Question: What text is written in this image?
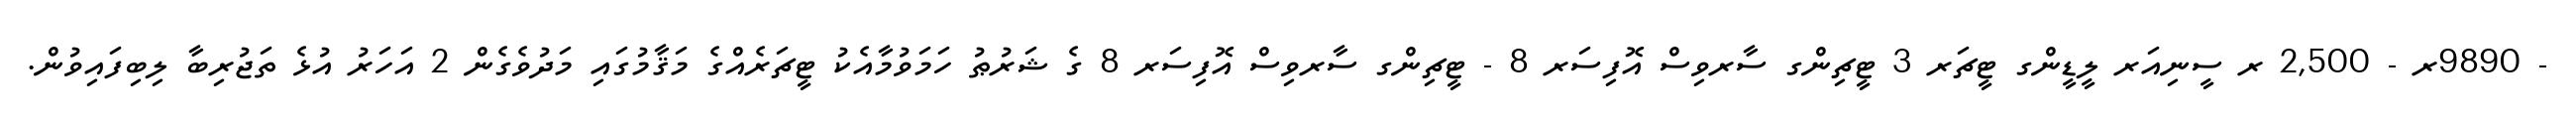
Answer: - 9890ރ - 2,500 ރ ސީނިއަރ ލީޑީންގ ޓީޗަރ 3 ޓީޗިންގ ސާރވިސް އޮފިސަރ 8 - ޓީޗިންގ ސާރވިސް އޮފިސަރ 8 ގެ ޝަރުޠު ހަމަވުމާއެކު ޓީޗަރެއްގެ މަޤާމުގައި މަދުވެގެން 2 އަހަރު އުޅެ ތަޖުރިބާ ލިބިފައިވުން.